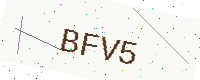
Text: BFV5